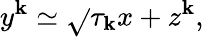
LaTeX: y^{\mathbf{k}}\simeq\sqrt{}{{\tau_{\mathbf{k}}}}x+z^{\mathbf{k}},